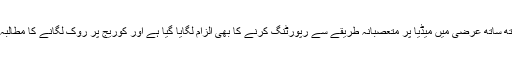
اسی کے ساتھ ساتھ عرضی میں میڈیا پر متعصبانہ طریقے سے رپورٹنگ کرنے کا بھی الزام لگایا گیا ہے اور کوریج پر روک لگانے کا مطالبہ کیا گیا ہے۔